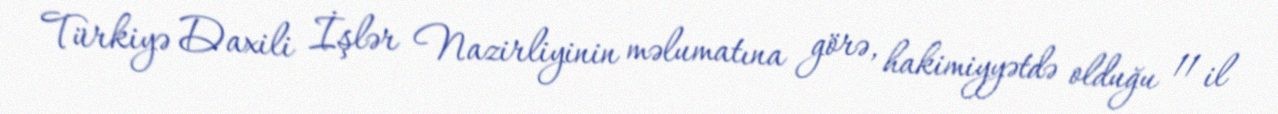
Türkiyə Daxili İşlər Nazirliyinin məlumatına görə, hakimiyyətdə olduğu 11 il